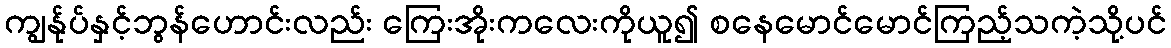
ကျွန်ုပ်နှင့်ဘွန်ဟောင်းလည်း ကြေးအိုးကလေးကိုယူ၍ စနေမောင်မောင်ကြည့်သကဲ့သို့ပင်